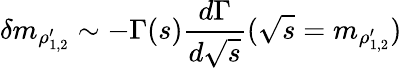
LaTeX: \delta m_{\rho_{1,2}^{\prime}}\sim-\Gamma(s){\frac{d\Gamma}{d\sqrt{s}}}(\sqrt{s}=m_{\rho_{1,2}^{\prime}})